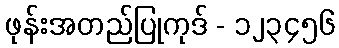
ဖုန်းအတည်ပြုကုဒ် - ၁၂၃၄၅၆